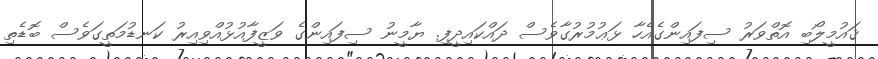
ޤައުމީލޯބި އޮތްވަރު ސިފައިންގެއެހާ ޅަޢުމުރުގާވެސް ދައްކައިދީފި. ޔާމީނު ސިފައިންގެ ވަޒީފާއުޅުއްވިއިރު ކަނޑުމަތީގަވެސް ބޮޑެތި